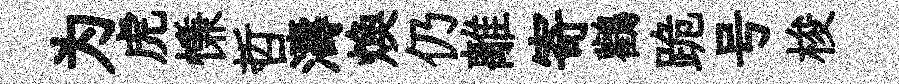
为虎慊哲濤煥仍離寄鸛跪号梭